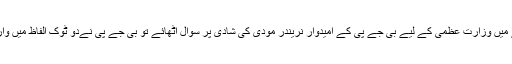
جب راہول گاندھی نے ایک انتخابی جلسے میں وزارت عظمی کے لیے بی جے پی کے امیدوار نریندر مودی کی شادی پر سوال اٹھائے تو بی جے پی نےدو ٹوک الفاظ میں وارننگ جاری کی: راز ہمیں بھی معلوم ہیں!